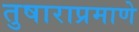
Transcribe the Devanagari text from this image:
तुषाराप्रमाणे